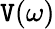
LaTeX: \mathtt{V}(\omega)